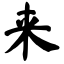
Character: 来